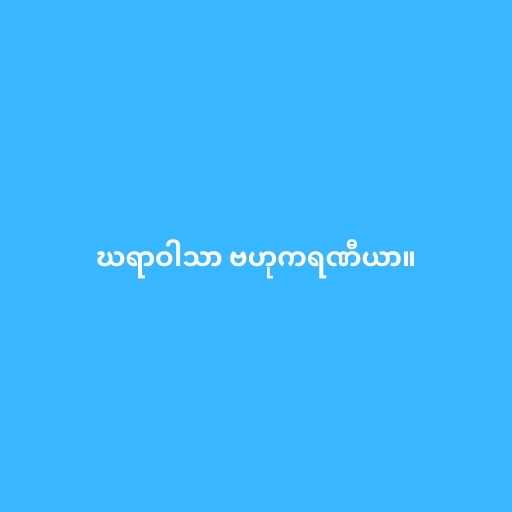
ဃရာဝါသာ ဗဟုကရဏီယာ။